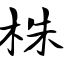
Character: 株